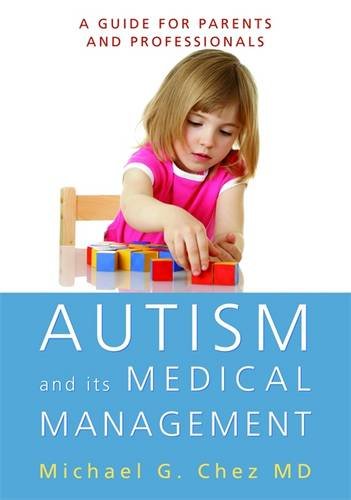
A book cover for Autism and Its Medical Management: A Guide for Parents and Professionals; Michael G. Chez; Medical Books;